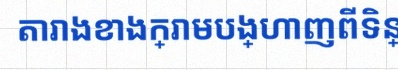
តារាងខាងក្រោមបង្ហាញពីទិន្នន័យ